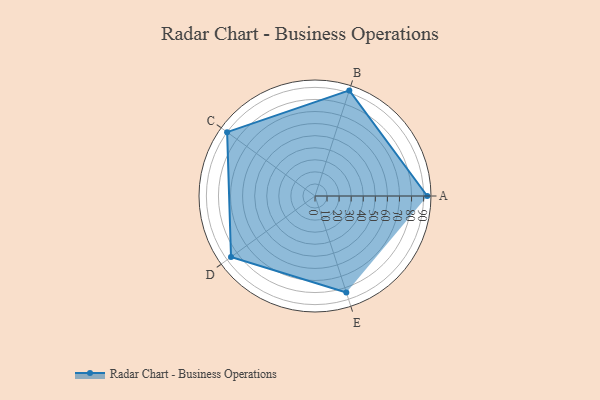
{"axis": {"x": "Skill", "y": "Score"}, "legend": ["Profile"], "data": [{"x": "A", "y": 93.0, "type": "Profile"}, {"x": "B", "y": 92.0, "type": "Profile"}, {"x": "C", "y": 90.0, "type": "Profile"}, {"x": "D", "y": 86.0, "type": "Profile"}, {"x": "E", "y": 84.0, "type": "Profile"}]}